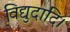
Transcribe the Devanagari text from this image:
विद्युदादि।